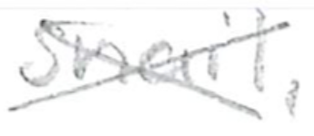
Text: snail,
Cross-out: cross
Writing tool: pencil